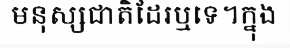
មនុស្សជាតិដែរឬទេ។ក្នុង